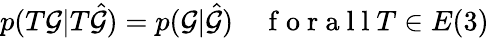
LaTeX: p(T\mathcal{G}|T\hat{\mathcal{G}})=p(\mathcal{G}|\hat{\mathcal{G}})\quad\mathrm{~f~o~r~a~l~l~}T\in E(3)